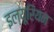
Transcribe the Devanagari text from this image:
इल्यूरियन